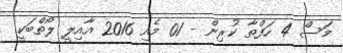
މަސް 4 ހަފްތާ ކުރިން - 01 މެއި 2016 އާއިލީ ލޯތްބަކީ